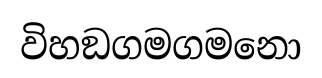
විහඞගමගමනො